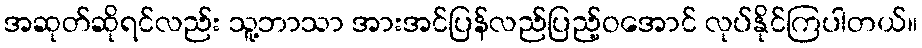
အဆုတ်ဆိုရင်လည်း သူ့ဘာသာ အားအင်ပြန်လည်ပြည့်ဝအောင် လုပ်နိုင်ကြပါတယ်။